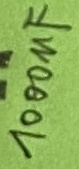
Text: 1000µF